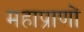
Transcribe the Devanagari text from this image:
महाप्राणों